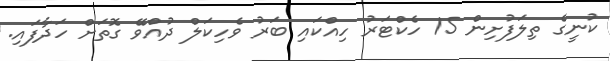
ކުނީގެ ތިލަފުށިން 15 ހެކްޓަރު ހިއްކައި ބަރު ވެހިކަލް ދުއްވޭ ގޮތަށް ހަދާފައި.